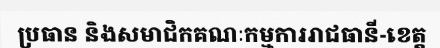
ប្រធាន និងសមាជិកគណៈកម្មការរាជធានី-ខេត្ត